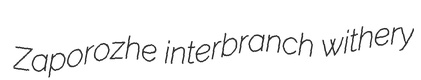
Zaporozhe interbranch withery